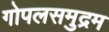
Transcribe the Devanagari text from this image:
गोपलसमुद्रम